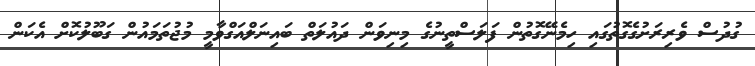
ގުދުސް ވެރިރަށުގެގޮތުގައި ހިމެނޭގޮތުން ފަލަސްތީނުގެ މިނިވަން ދައުލަތް ބައިނަލްއަގްވާމީ މުޖުތަމައުން ގަބޫލުކޮށް އެކަން